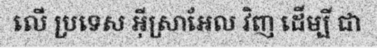
លើ ប្រទេស អ៊ីស្រាអែល វិញ ដើម្បី ជា